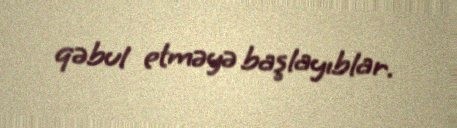
qəbul etməyə başlayıblar.